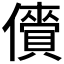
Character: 𫣲